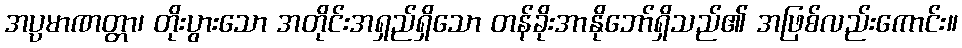
အပ္ပမာဏတ္တာ၊ တိုးပွားသော အတိုင်းအရှည်ရှိသော တန်ခိုးအာနိုဘော်ရှိသည်၏ အဖြစ်လည်းကောင်း။